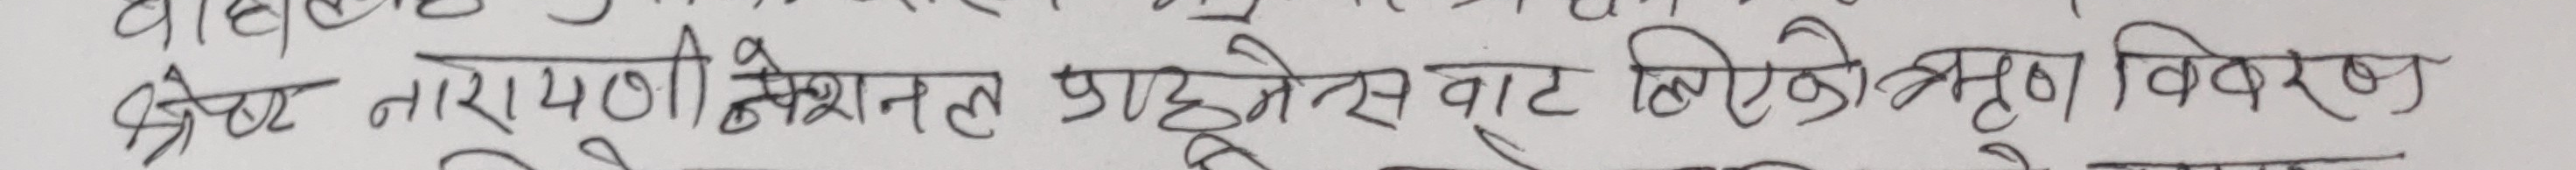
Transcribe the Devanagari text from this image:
श्रेष्ठ तरवाणी नेशनल प्राइभेट लिमिटेडको गुण विवरण